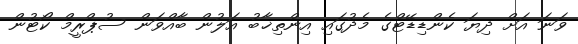
ވަނަ އަށް ދިޔަ ކެންޑިޑޭޓްގެ މެދުގައި އިންތިޚާބު އަލުން ބާއްވަން ސުޕްރީމް ކޯޓުން